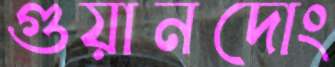
গুয়ানদোং